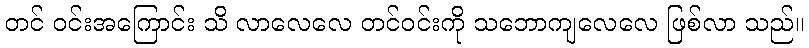
တင် ဝင်းအကြောင်း သိ လာလေလေ တင်ဝင်းကို သဘောကျလေလေ ဖြစ်လာ သည်။